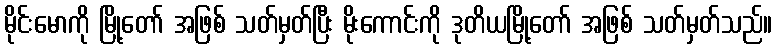
မိုင်းမောကို မြို့တော် အဖြစ် သတ်မှတ်ပြီး မိုးကောင်းကို ဒုတိယမြို့တော် အဖြစ် သတ်မှတ်သည်။